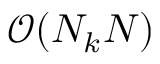
\mathcal { O } ( N _ { k } N )